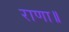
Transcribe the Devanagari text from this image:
राणा॥